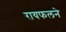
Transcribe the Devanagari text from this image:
रायफलने